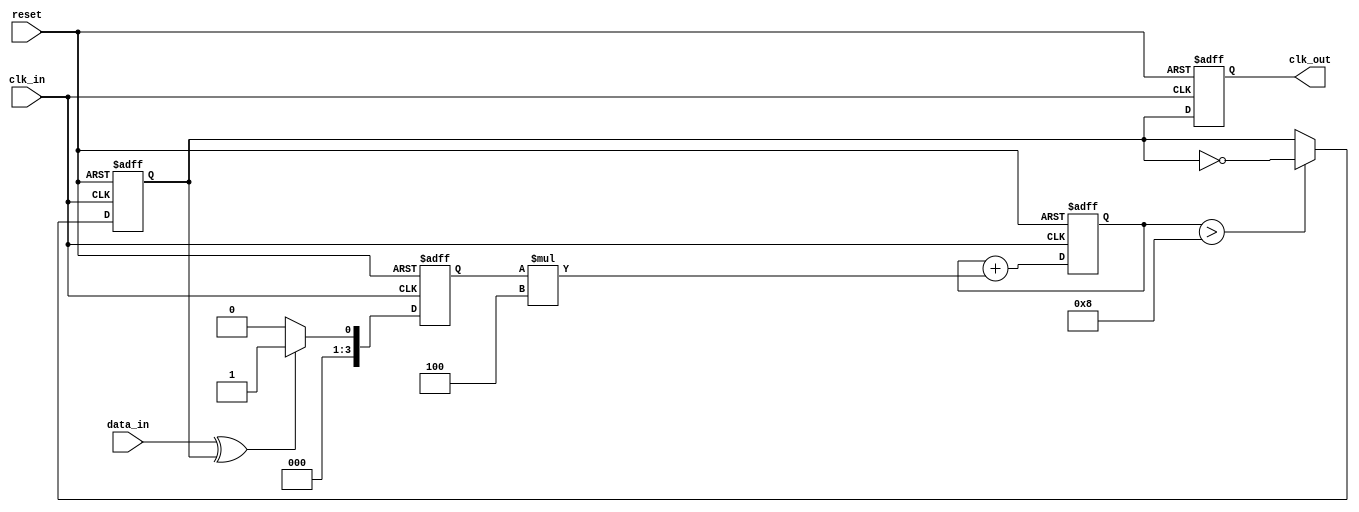
module clock_recovery_pll (
    input wire clk_in,         // Incoming data clock
    input wire data_in,        // Incoming data signal
    input wire reset,          // Reset signal
    output reg clk_out         // Output clock signal
);

// Parameters for the PLL
parameter NUM_SAMPLES = 8;   // Number of samples in memory
parameter LOOP_FILTER_GAIN = 4; // Gain for loop filter

// Internal signals
reg [NUM_SAMPLES-1:0] fifo [0:NUM_SAMPLES-1]; // FIFO buffer for timing information
reg [NUM_SAMPLES-1:0] fifo_idx;                // FIFO index
reg [3:0] phase_error;                          // Phase error from the PD
reg [3:0] control_voltage;                      // Control voltage for VCO
reg vco_clk;                                   // VCO clock output

// Phase Detector (PD)
always @(posedge clk_in or posedge reset) begin
    if (reset) begin
        phase_error <= 0;
    end else begin
        // Simple XOR-based phase detection
        phase_error <= (data_in ^ vco_clk) ? 1 : 0;
    end
end

// Loop Filter (LF)
always @(posedge clk_in or posedge reset) begin
    if (reset) begin
        control_voltage <= 0;
    end else begin
        // Simple first-order loop filter
        control_voltage <= control_voltage + (phase_error * LOOP_FILTER_GAIN);
    end
end

// Voltage-Controlled Oscillator (VCO)
always @(posedge clk_in or posedge reset) begin
    if (reset) begin
        vco_clk <= 0;
        clk_out <= 0;
    end else begin
        // Simple VCO model: Adjust frequency based on control voltage
        if (control_voltage > 8) begin
            vco_clk <= ~vco_clk; // Toggle VCO clock
        end
        clk_out <= vco_clk; // Output clock derived from VCO
    end
end

// Memory Blocks (FIFO for timing information)
always @(posedge clk_in or posedge reset) begin
    if (reset) begin
        fifo_idx <= 0;
    end else begin
        // Store timing information in FIFO
        fifo[fifo_idx] <= {data_in, vco_clk}; // Store data_in and vco_clk
        fifo_idx <= (fifo_idx + 1) % NUM_SAMPLES; // Circular buffer
    end
end

endmodule